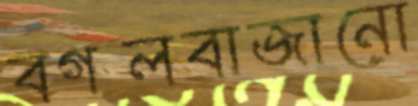
বগলবাজানো